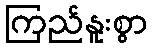
ကြည်နူးစွာ